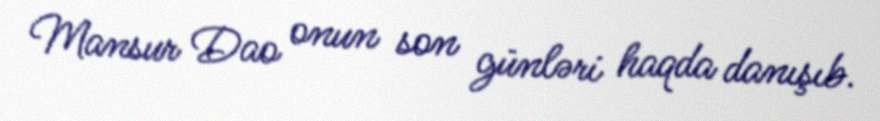
Mansur Dao onun son günləri haqda danışıb.